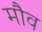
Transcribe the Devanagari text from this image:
मौव